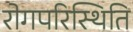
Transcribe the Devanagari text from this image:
रोगपरिस्थिति